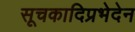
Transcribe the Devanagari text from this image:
सूचकादिप्रभेदेन